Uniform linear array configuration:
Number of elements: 8
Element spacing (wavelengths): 1
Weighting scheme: hann
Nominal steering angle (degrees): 15
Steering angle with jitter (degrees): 15.435
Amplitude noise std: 0.05
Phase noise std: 0.05

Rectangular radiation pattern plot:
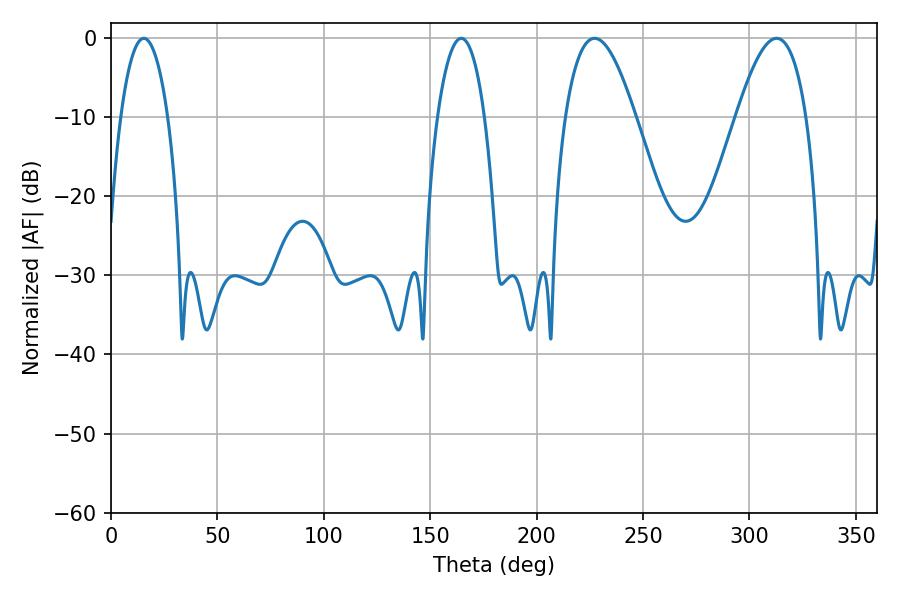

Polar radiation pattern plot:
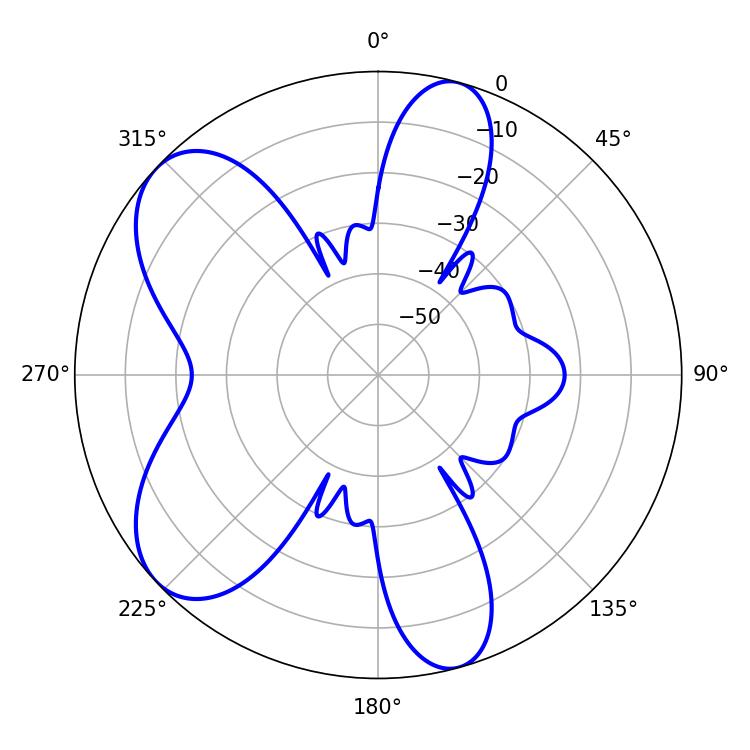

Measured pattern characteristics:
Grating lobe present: TRUE
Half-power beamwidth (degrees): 18
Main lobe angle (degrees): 227.16